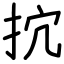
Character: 抭